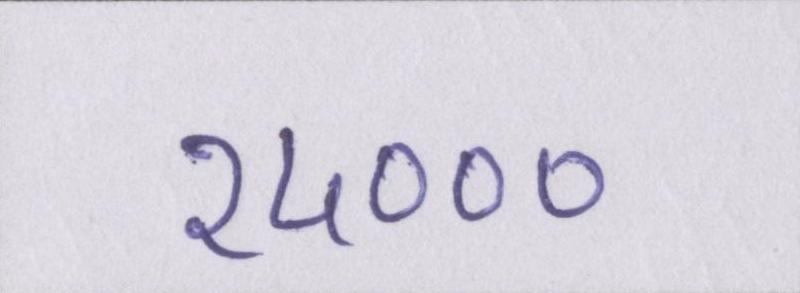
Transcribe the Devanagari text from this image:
२५०००